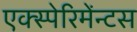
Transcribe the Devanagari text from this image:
एक्स्पेरिमेंन्टस